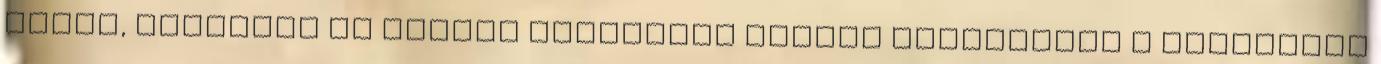
felől, északról és délről egyszerre fogják megtámadni s Gaiserich